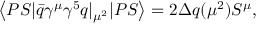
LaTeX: \left\langle P S | \bar { q } \gamma ^ { \mu } \gamma ^ { 5 } q | _ { \mu ^ { 2 } } | P S \right\rangle = 2 \Delta q ( \mu ^ { 2 } ) S ^ { \mu } ,